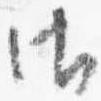
御